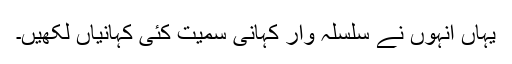
یہاں انہوں نے سلسلہ وار کہانی سمیت کئی کہانیاں لکھیں۔